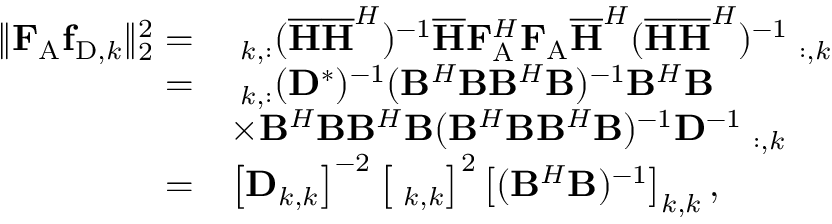
\begin{array} { r l } { \| { \bf { F } } _ { \mathrm { { A } } } { \bf { f } } _ { { \mathrm { D } } , k } \| _ { 2 } ^ { 2 } = } & { { \bf { \Lambda } } _ { k , : } ( { \overline { { \bf { H } } } } { \overline { { \bf { H } } } } ^ { H } ) ^ { - 1 } { \overline { { \bf { H } } } } { \bf { F } } _ { \mathrm { { A } } } ^ { H } { \bf { F } } _ { \mathrm { A } } { \overline { { \bf { H } } } } ^ { H } ( { \overline { { \bf { H } } } } { \overline { { \bf { H } } } } ^ { H } ) ^ { - 1 } { \bf { \Lambda } } _ { : , k } } \\ { = } & { { \bf { \Lambda } } _ { k , : } ( { \bf { D } } ^ { * } ) ^ { - 1 } ( { \bf { B } } ^ { H } { \bf { B } } { \bf { B } } ^ { H } { \bf { B } } ) ^ { - 1 } { \bf { B } } ^ { H } { \bf { B } } } \\ & { \times { \bf { B } } ^ { H } { \bf { B } } { \bf { B } } ^ { H } { \bf { B } } ( { \bf { B } } ^ { H } { \bf { B } } { \bf { B } } ^ { H } { \bf { B } } ) ^ { - 1 } { \bf { D } } ^ { - 1 } { \bf { \Lambda } } _ { : , k } } \\ { = } & { \left[ { \bf { D } } _ { k , k } \right] ^ { - 2 } \left[ { \bf { \Lambda } } _ { k , k } \right] ^ { 2 } \left[ ( { \bf { B } } ^ { H } { \bf { B } } ) ^ { - 1 } \right] _ { k , k } , } \end{array}